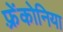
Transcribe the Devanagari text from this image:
फ़्रेंकोनिया